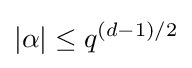
|\alpha |\leq q^{(d-1)/2}